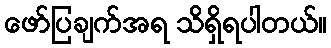
ဖော်ပြချက်အရ သိရှိရပါတယ်။